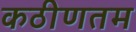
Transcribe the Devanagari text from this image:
कठीणतम